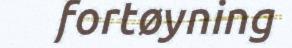
fortøyning